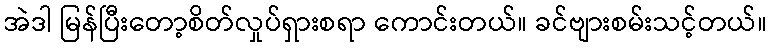
အဲဒါ မြန်ပြီးတော့စိတ်လှုပ်ရှားစရာ ကောင်းတယ်။ ခင်ဗျားစမ်းသင့်တယ်။